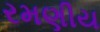
રમણીય